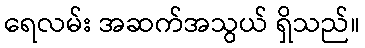
ရေလမ်း အဆက်အသွယ် ရှိသည်။